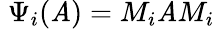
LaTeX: \; \Psi_{i}(\mathit{A})=M_{i}\mathit{A}M_{i}